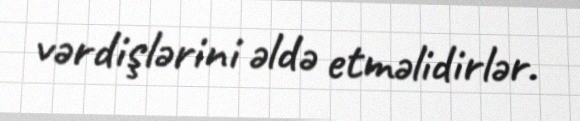
vərdişlərini əldə etməlidirlər.